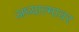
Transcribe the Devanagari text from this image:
अध्यात्मावर